Account of plague administration in the Bombay Presidency from September 1896 till May 1897
Year: 1896
Disease focus: Plague
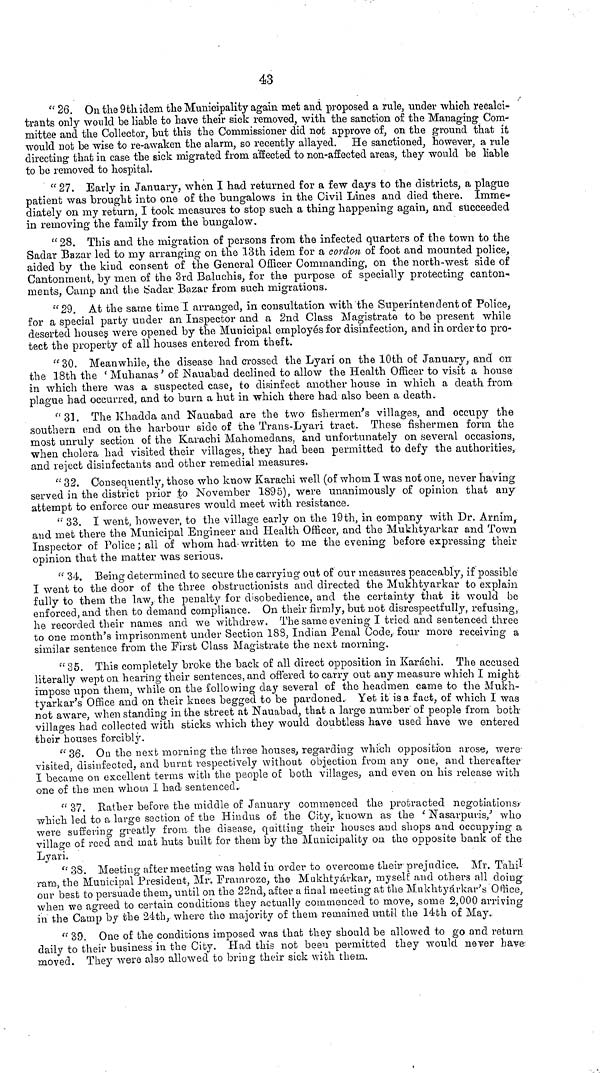
43
" 26. On the 9th idem the Municipality again met and proposed a rule, under which recalci-
trants only -would be liable to have their sick removed, with the sanction of the Managing Com-
mittee and the Collector, but this the Commissioner did not approve of, on the ground that it
would not be wise to re-awaken the alarm, so recently allayed. He sanctioned, however, a rule
directing that in case the sick migrated from affected to non-affected areas, they would be liable
to be removed to hospital.
" 27. Early in January, when I had returned for a few days to the districts, a plague
patient was brought into one of the bungalows in the Civil Lines and died there. Imme-
diately on my return, I took measures to stop such a thing happening again, and succeeded
in removing the family from the bungalow.
" 28. This and the migration of persons from the infected quarters of the town to the
Sadar Bazar led to my arranging on the 13th idem for a cordon of foot and mounted police,
aided by the kind consent of the General Officer Commanding, on the north-west side of
Cantonment, by men of the 3rd Baluchis, for the purpose of specially protecting canton-
ments, Camp and the tiadar Bazar from such migrations.
"29. At the same time I arranged, in consultation with the Superintendent of Police,·
for a special party under an Inspector and a 2nd Class Magistrate to be present while
deserted houses were opened by the Municipal employes for disinfection, and in order to pro-
tect the property of all houses entered from theft.
"30. Meanwhile, the disease had crossed the Lyari on the 10th oi January, and on
the 18th the f Muhanas' of Nauabad declined to allow the Health Officer to visit a house
in which there was a suspected case, to disinfect another house in which a death from
plague had occurred, and to burn a hut in which there had also been a death.
"31. The Khadda and Nauabad are the two fishermen's villages, and occupy the
southern end on the harbour side of the Trans-Lyari tract. These fishermen form the
most unruly section of the Karachi Mahomedans, and unfortunately on several occasions,
when cholera had visited their villages, they had been permitted to defy the authorities,
and reject disinfectants and other remedial measures.
" 32. Consequently, those who know Karachi well (of whom I was not one, never having
served in the district prior to November 1895), were unanimously of opinion that any
attempt to enforce our measures would meet with resistance.
(! 33. I went, however, to the village early on the 19th, in company with Dr. Arnim,
and met there the Municipal Engineer and Health Officer, and the Mukhtyarkar and Town
Inspector of Police; all of whom had-written to me the evening before expressing their
opinion that the matter was serious.
" 34, Being determined to secure the carrying out of our measures peaceably, if possible
I went to the door of the three obstructionists and directed the Mukhtyarkar to explain
fully to them the law, the penalty for disobedience, and the certainty that it would be
enforced, and then to demand compliance. On their firmly, but not disrespectfully, refusing,
he recorded their names and we withdrew. The same evening I tried and sentenced three
to one month's imprisonment under Section 183, Indian Penal Code, four more receiving a
similar sentence from the First Class Magistrate the next morning.
" 35. This completely broke the back of all direct opposition in Karachi. The accused
literally wept on hearing their sentences, and offered to carry out any measure which I might
impose upon them, while on the following day several of the headmen came to the Mukh-
tyarkar's Office and on their knees begged to be pardoned. Yet it is a fact, of which I was
not aware, when standing in the street at Nauabad, that a large number of people from both
villages had collected with sticks which they would doubtless have used have we entered
their houses forcibly.
"36. On the next morning the three houses, regarding which opposition arose, were
visited, disinfected, and burnt respectively without objection from any one, and thereafter
I became on excellent terms with the people of both villages, and even on his release with
one of the men whom I had sentenced.
" 37. Rather before the middle of January commenced the protracted negotiations}
which led to a large section of the Hindus of the City, known as the ' Nasarpuris/ who
were suffering greatly from the disease, quitting their houses and shops and occupying a
village of reed and mat huts built for them by the Municipality on the opposite bank of the
Lyari.
"38. Meeting after meeting was held in order to overcome their prejudice. Mr. T'ahil
rarn, the Municipal President, Mr. Framroze, the Mukhtyarkar, myself and others all doing
our best to persuade them, until on the 22nd, after a final meeting at the Mukhtyarkar^ Office,
when we agreed to certain condition-s they actually commenced to move, some 2,000 arriving
in the Camp by the 24th, where the majority of them remained until the 14th of May.
" 39. One of the conditions imposed was that they should be allowed to go and return
daily to their business in the City. Had this not been permitted they would never have·
moved. They were also allowed to bring their sick "with them,